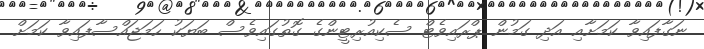
ނަގާފައިވާ ކަމަށާއި އަދި ގަމުން ޕްރައިވެޓް ސެކިއުރިޓީންގެ ގޮތުގައިވެސް ބަޔަކު ހަަަމަޖައްސާފައިވާ ކަމަށް